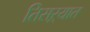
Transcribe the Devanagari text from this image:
तिसऱ्यात